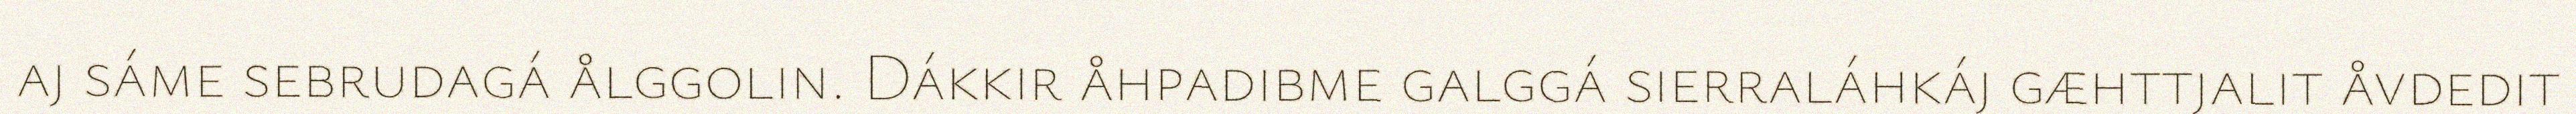
aj sáme sebrudagá ålggolin. Dákkir åhpadibme galggá sierraláhkáj gæhttjalit åvdedit